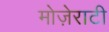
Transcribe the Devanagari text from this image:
मोज़ेराटी